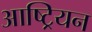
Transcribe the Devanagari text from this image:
आष्ट्रियन